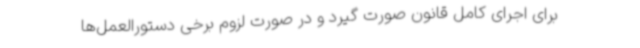
برای اجرای کامل قانون صورت گیرد و در صورت لزوم برخی دستورالعمل‌ها